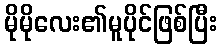
မိုမိုလေး၏မူပိုင်ဖြစ်ပြီး